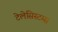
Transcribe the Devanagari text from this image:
टेलेसिस्टम्स